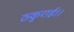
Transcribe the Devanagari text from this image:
ठकुराई।।